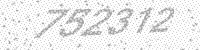
Solution: 752312